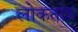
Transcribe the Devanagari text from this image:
लोकतांत्र